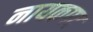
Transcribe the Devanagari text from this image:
नायकपद